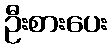
ဦးစားပေး